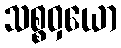
သစ္စဝှယော